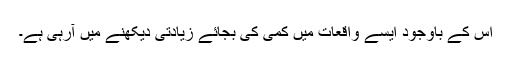
اس کے باوجود ایسے واقعات میں کمی کی بجائے زیادتی دیکھنے میں آرہی ہے۔